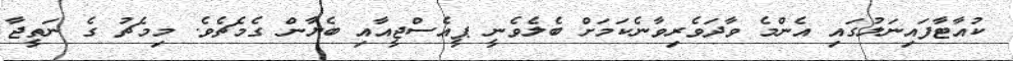
ކުއާޓާފައިނަލުގައި އެންމެ ވާދަވެރިވާނެކަމަށް ބެލެވެނީ ޕީއެސްޖީއާއި ބެޔާން ގެމެޗެވެ. މިމެޗު ގެ ނަތީޖާ